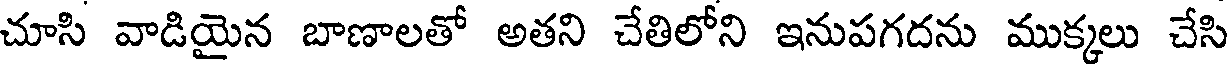
చూసి వాడియైన బాణాలతో అతని చేతిలోని ఇనుపగదను ముక్కలు చేసి